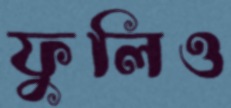
ফুলিও